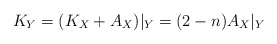
\begin{align*}K_Y = (K_X + A_X)\vert_Y = (2 - n)A_X\vert_Y\end{align*}